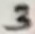
Text: 3